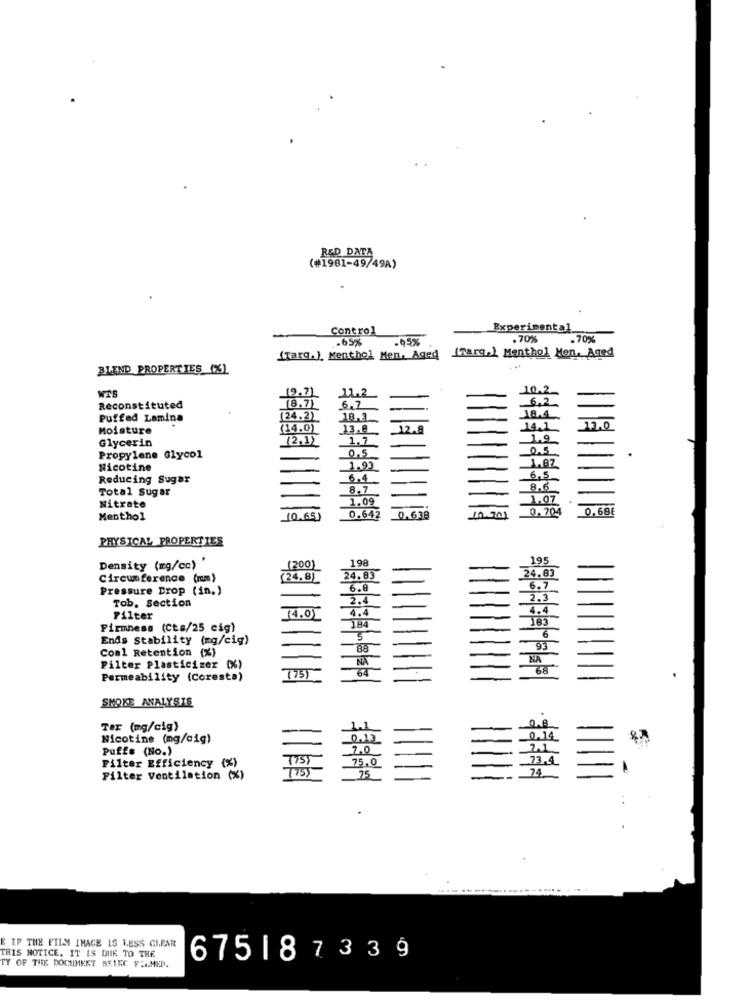
R&D DATA
(#1981-49/49A)
Control
Experimental.
.. 65%
.05%
.70%
.70%
(Targ. ), Menthol Men, Aged (farg.) Menthol Men, Aged
BLEND PROPERTIES (%)
WIS
(9.7)
.11.2
10.2
6,2
Reconstituted
(8.7)
6.7
--
18.4.
Puffed Lamina
(24.2)
18,1
Moisture
(14.0)
23.9
12.8
14.1
Glycerin
(2.1)
1.7
1.9
0.5
0.5
Propylene Glycol
Nicotine
1.93
1.87
Reducing Sugar
6.4
6.5
Total Sugar
8.7
8.6
1.09
1.07
Nitrate
0. 704
0.68E
Menthol
10.65)
0.642
0.638
40.701
PHYSICAL PROPERTIES
198
195
Density (mg/cc) '
(200)
24.83
Circumference (mm)
(24.8)
24.83
Pressure Drop (in,)
6.6
6.7
Tob. Section
2.4
2.3
(4.0)
4.4
4.4
Filter
184
183
Firmness (Cts/25 cig)
6
Ends Stability (mg/cig)
5
Coal Retention (%)
88
93
NA
NA
Filter Plasticizer (%)
(75)
64
68
Permeability (Coresta)
SMOKE ANALYSIS
Tax (mg/cig)
Nicotine (mg/cig)
0.13
0.14
Puffs (No.)
7.0
_2.1
Filter Efficiency (%)
(75)
75.0
73.4
74
Filter Ventilation (%)
25
E IP THE FILM IMAGE IS LESS CLEAR
THIS NOTICE. IT IS DUE TO THE
675187339
TY OF THE DOCUMENT BEIKE FLA.MED.